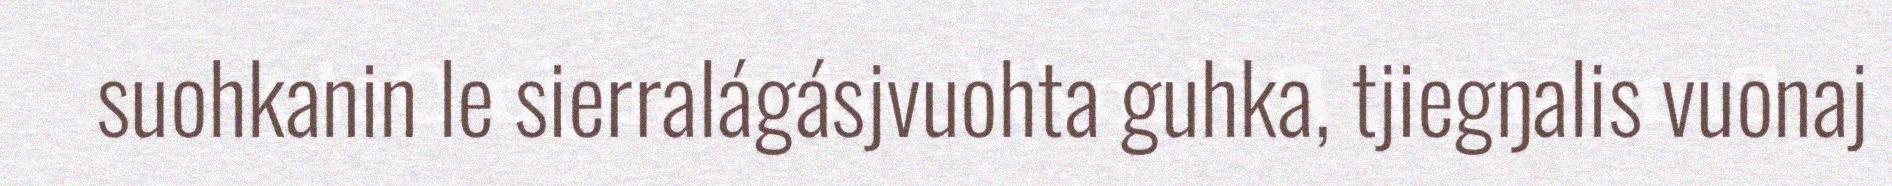
suohkanin le sierralágásjvuohta guhka, tjiegŋalis vuonaj